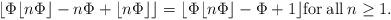
LaTeX: \begin{align*}\lfloor\Phi\lfloor n\Phi\rfloor-n\Phi+ \lfloor n\Phi\rfloor\rfloor=\lfloor\Phi\lfloor n\Phi\rfloor -\Phi +1 \rfloor {\rm for\: all\: } n\ge 1.\end{align*}